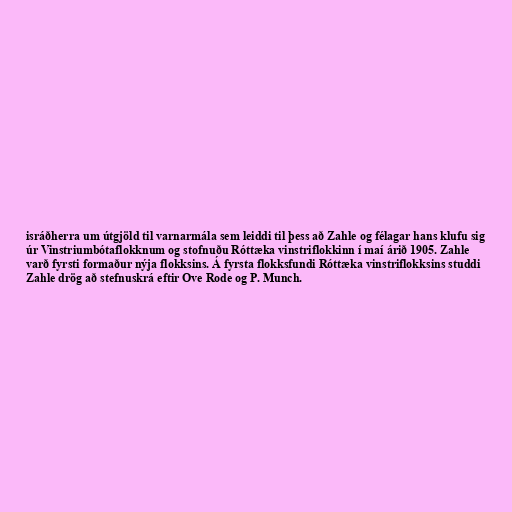
isráðherra um útgjöld til varnarmála sem leiddi til þess að Zahle og félagar hans klufu sig
úr Vinstriumbótaflokknum og stofnuðu Róttæka vinstriflokkinn í maí árið 1905. Zahle
varð fyrsti formaður nýja flokksins. Á fyrsta flokksfundi Róttæka vinstriflokksins studdi
Zahle drög að stefnuskrá eftir Ove Rode og P. Munch.